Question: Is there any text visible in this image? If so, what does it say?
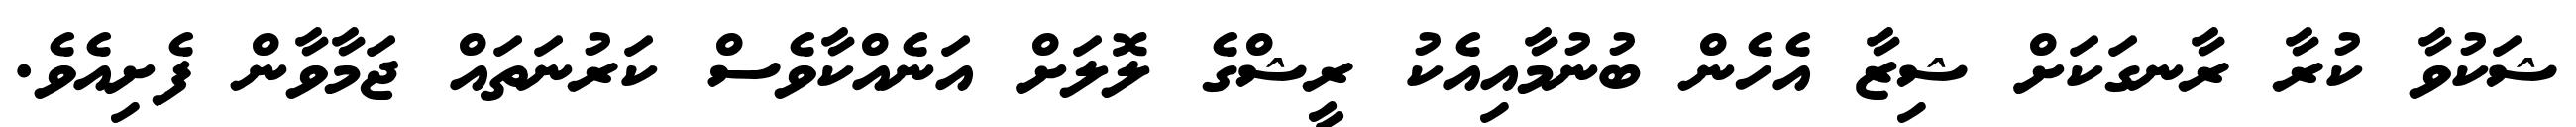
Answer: ޝަކުވާ ކުރާ ރާނގަކަށް ޝިޒާ އެހެން ބުނުމާއިއެކު ރީޝްގެ ލޮލަށް އަނެއްކާވެސް ކަރުނަތައް ޖަމާވާން ފެށިއެވެ.